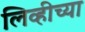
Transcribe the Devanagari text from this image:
लिव्हीच्या